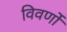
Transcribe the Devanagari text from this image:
विवर्णों